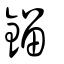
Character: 鎦